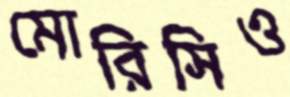
মোরিসিও